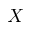
X